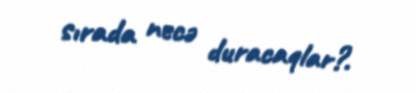
sırada necə duracaqlar?.